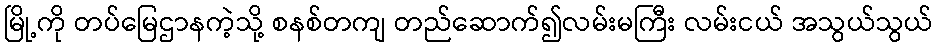
မြို့ကို တပ်မြေဌာနကဲ့သို့ စနစ်တကျ တည်ဆောက်၍လမ်းမကြီး လမ်းငယ် အသွယ်သွယ်